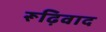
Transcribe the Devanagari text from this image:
रूढ़िवाद